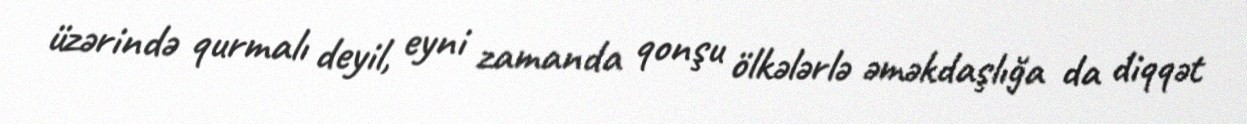
üzərində qurmalı deyil, eyni zamanda qonşu ölkələrlə əməkdaşlığa da diqqət